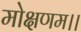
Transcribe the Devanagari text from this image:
मोक्षणम।।